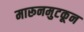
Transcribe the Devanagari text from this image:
मारूनमुटकून